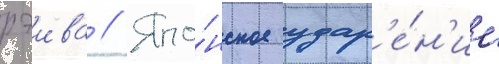
рэива // Япо́нское удар'е́н'ие